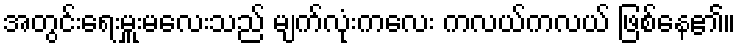
အတွင်းရေးမှူးမလေးသည် မျက်လုံးကလေး ကလယ်ကလယ် ဖြစ်နေ၏။